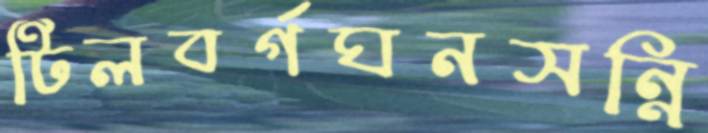
টিলবর্গঘনসন্নি